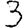
Digit: 3